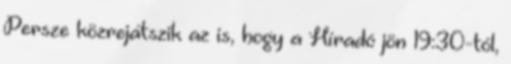
Persze közrejátszik az is, hogy a Híradó jön 19:30-tól,